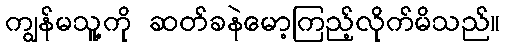
ကျွန်မသူ့ကို ဆတ်ခနဲမော့ကြည့်လိုက်မိသည်။